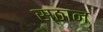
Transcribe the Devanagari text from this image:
स्ठान